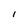
Character: l